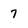
Character: 7